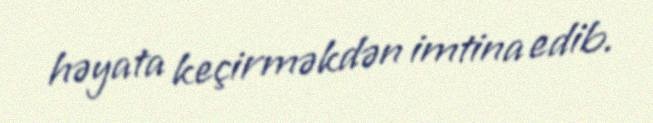
həyata keçirməkdən imtina edib.